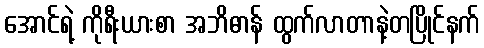
အောင်ရဲ့ ကိုရီးယားစာ အဘိဓာန် ထွက်လာတာနဲ့တပြိုင်နက်